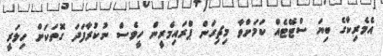
އެމެރިކާގެ ބިޔަ ސްޓޭޓެއް ކަމަށްވާ މިޗިގަން ޕްރައިމެރީން ހީވެސް ނުކުރާފަދަ ގޮތަކަށް ހިލަރީ